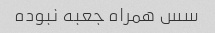
سس همراه جعبه نبوده